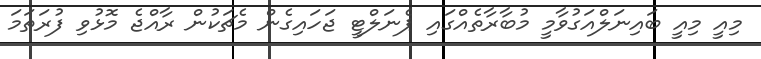
މިއީ މިއީ ބައިނަލްއަގުވާމީ މުބާރާތެއްގައި ޕެނަލްޓީ ޖަހައިގެން މެޗަކުން ރާއްޖެ މޮޅުވި ފުރަތަމަ